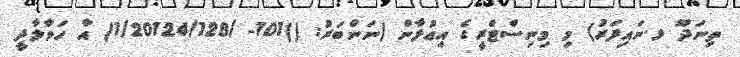
ތިނަދޫ ޅ.ނައިފަރު) މި މިނިސްޓްރީގެ އިޢުލާން (ނަންބަރު: ()101- /1/20124/128) އާ ހަވާލާދީ